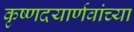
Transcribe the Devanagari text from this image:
कृष्णदयार्णवांच्या